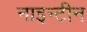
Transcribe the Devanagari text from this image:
नाइन्टीन